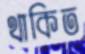
থাকিত